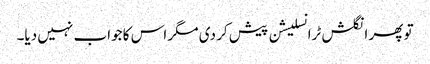
تو پھر انگلش ٹرانسلیشن پیش کر دی مگر اس کا جواب نہیں دیا۔